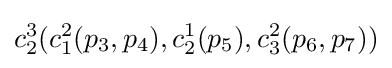
c_{2}^{3}(c_{1}^{2}(p_{3},p_{4}),c_{2}^{1}(p_{5}),c_{3}^{2}(p_{6},p_{7}))